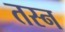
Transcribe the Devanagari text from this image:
तस्न